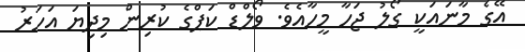
އޭގެ މާނައަކީ ގޯލު ޖަހާ މީހާއެވެ. ވޯލްޑް ކަޕްގެ ކުރިން މިދިޔަ އަހަރު